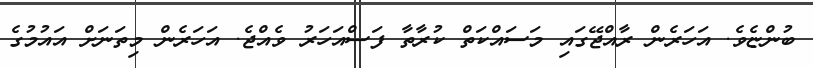
ބުންޏެވެ. އަހަރެން ރާއްޖޭގައި މަސައްކަތް ކުރާތާ ފަސްއަހަރު ވެއްޖެ. އަހަރެން މިތަނަށް އައުމުގެ